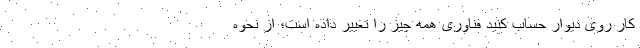
کار روی دیوار حساب کنید فناوری همه چیز را تغییر داده است؛ از نحوه